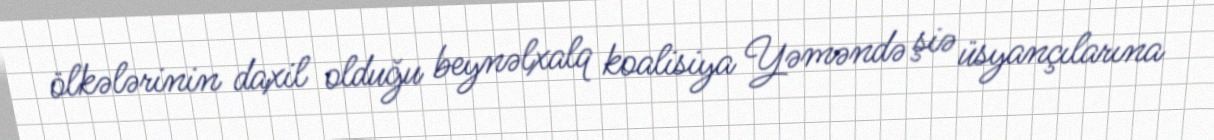
ölkələrinin daxil olduğu beynəlxalq koalisiya Yəməndə şiə üsyançılarına